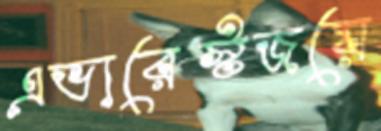
এভারেস্টজয়ে